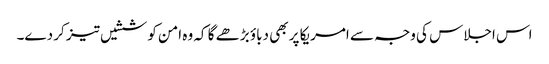
اس اجلاس کی وجہ سے امریکا پر بھی دباؤ بڑھے گا کہ وہ امن کوششیں تیز کر دے۔